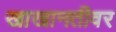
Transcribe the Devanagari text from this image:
खाखानतीवर